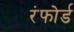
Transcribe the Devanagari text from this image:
रंफोर्ड